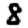
Digit: 8